Annual report of the Camel Specialist
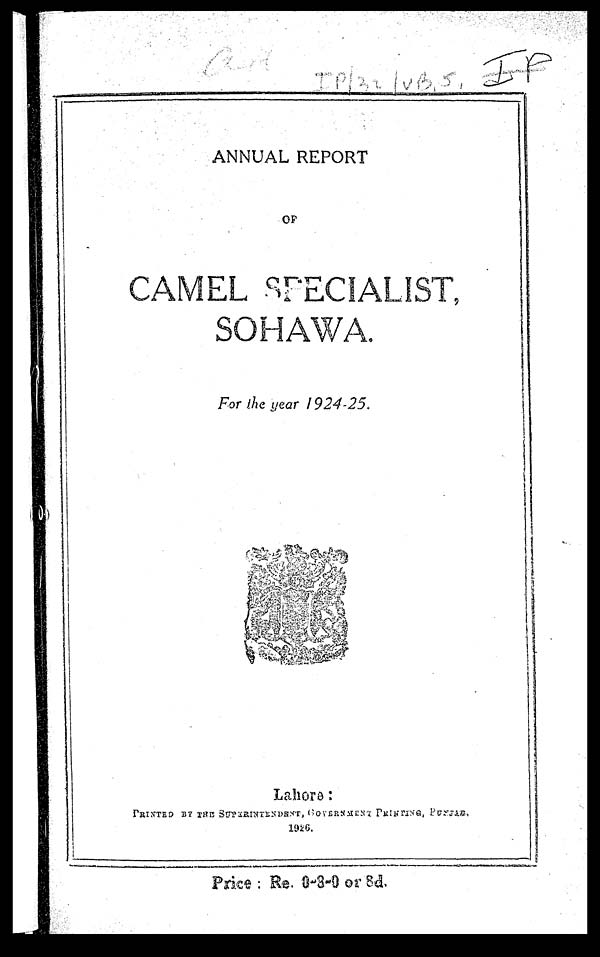
ANNUAL REPORT
OF
CAMEL SPECIALIST,
SOHAWA.
For the year 1924-25.
Lahore:
PRINTED BY THE SUPERINTENDENT, GOVERNMENT PRINTING, PUNJAB.
1926.
Price : Re. 0-8-0 or 8d.